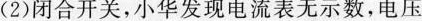
(2)闭合开关，小华发现电流表无示数，电压